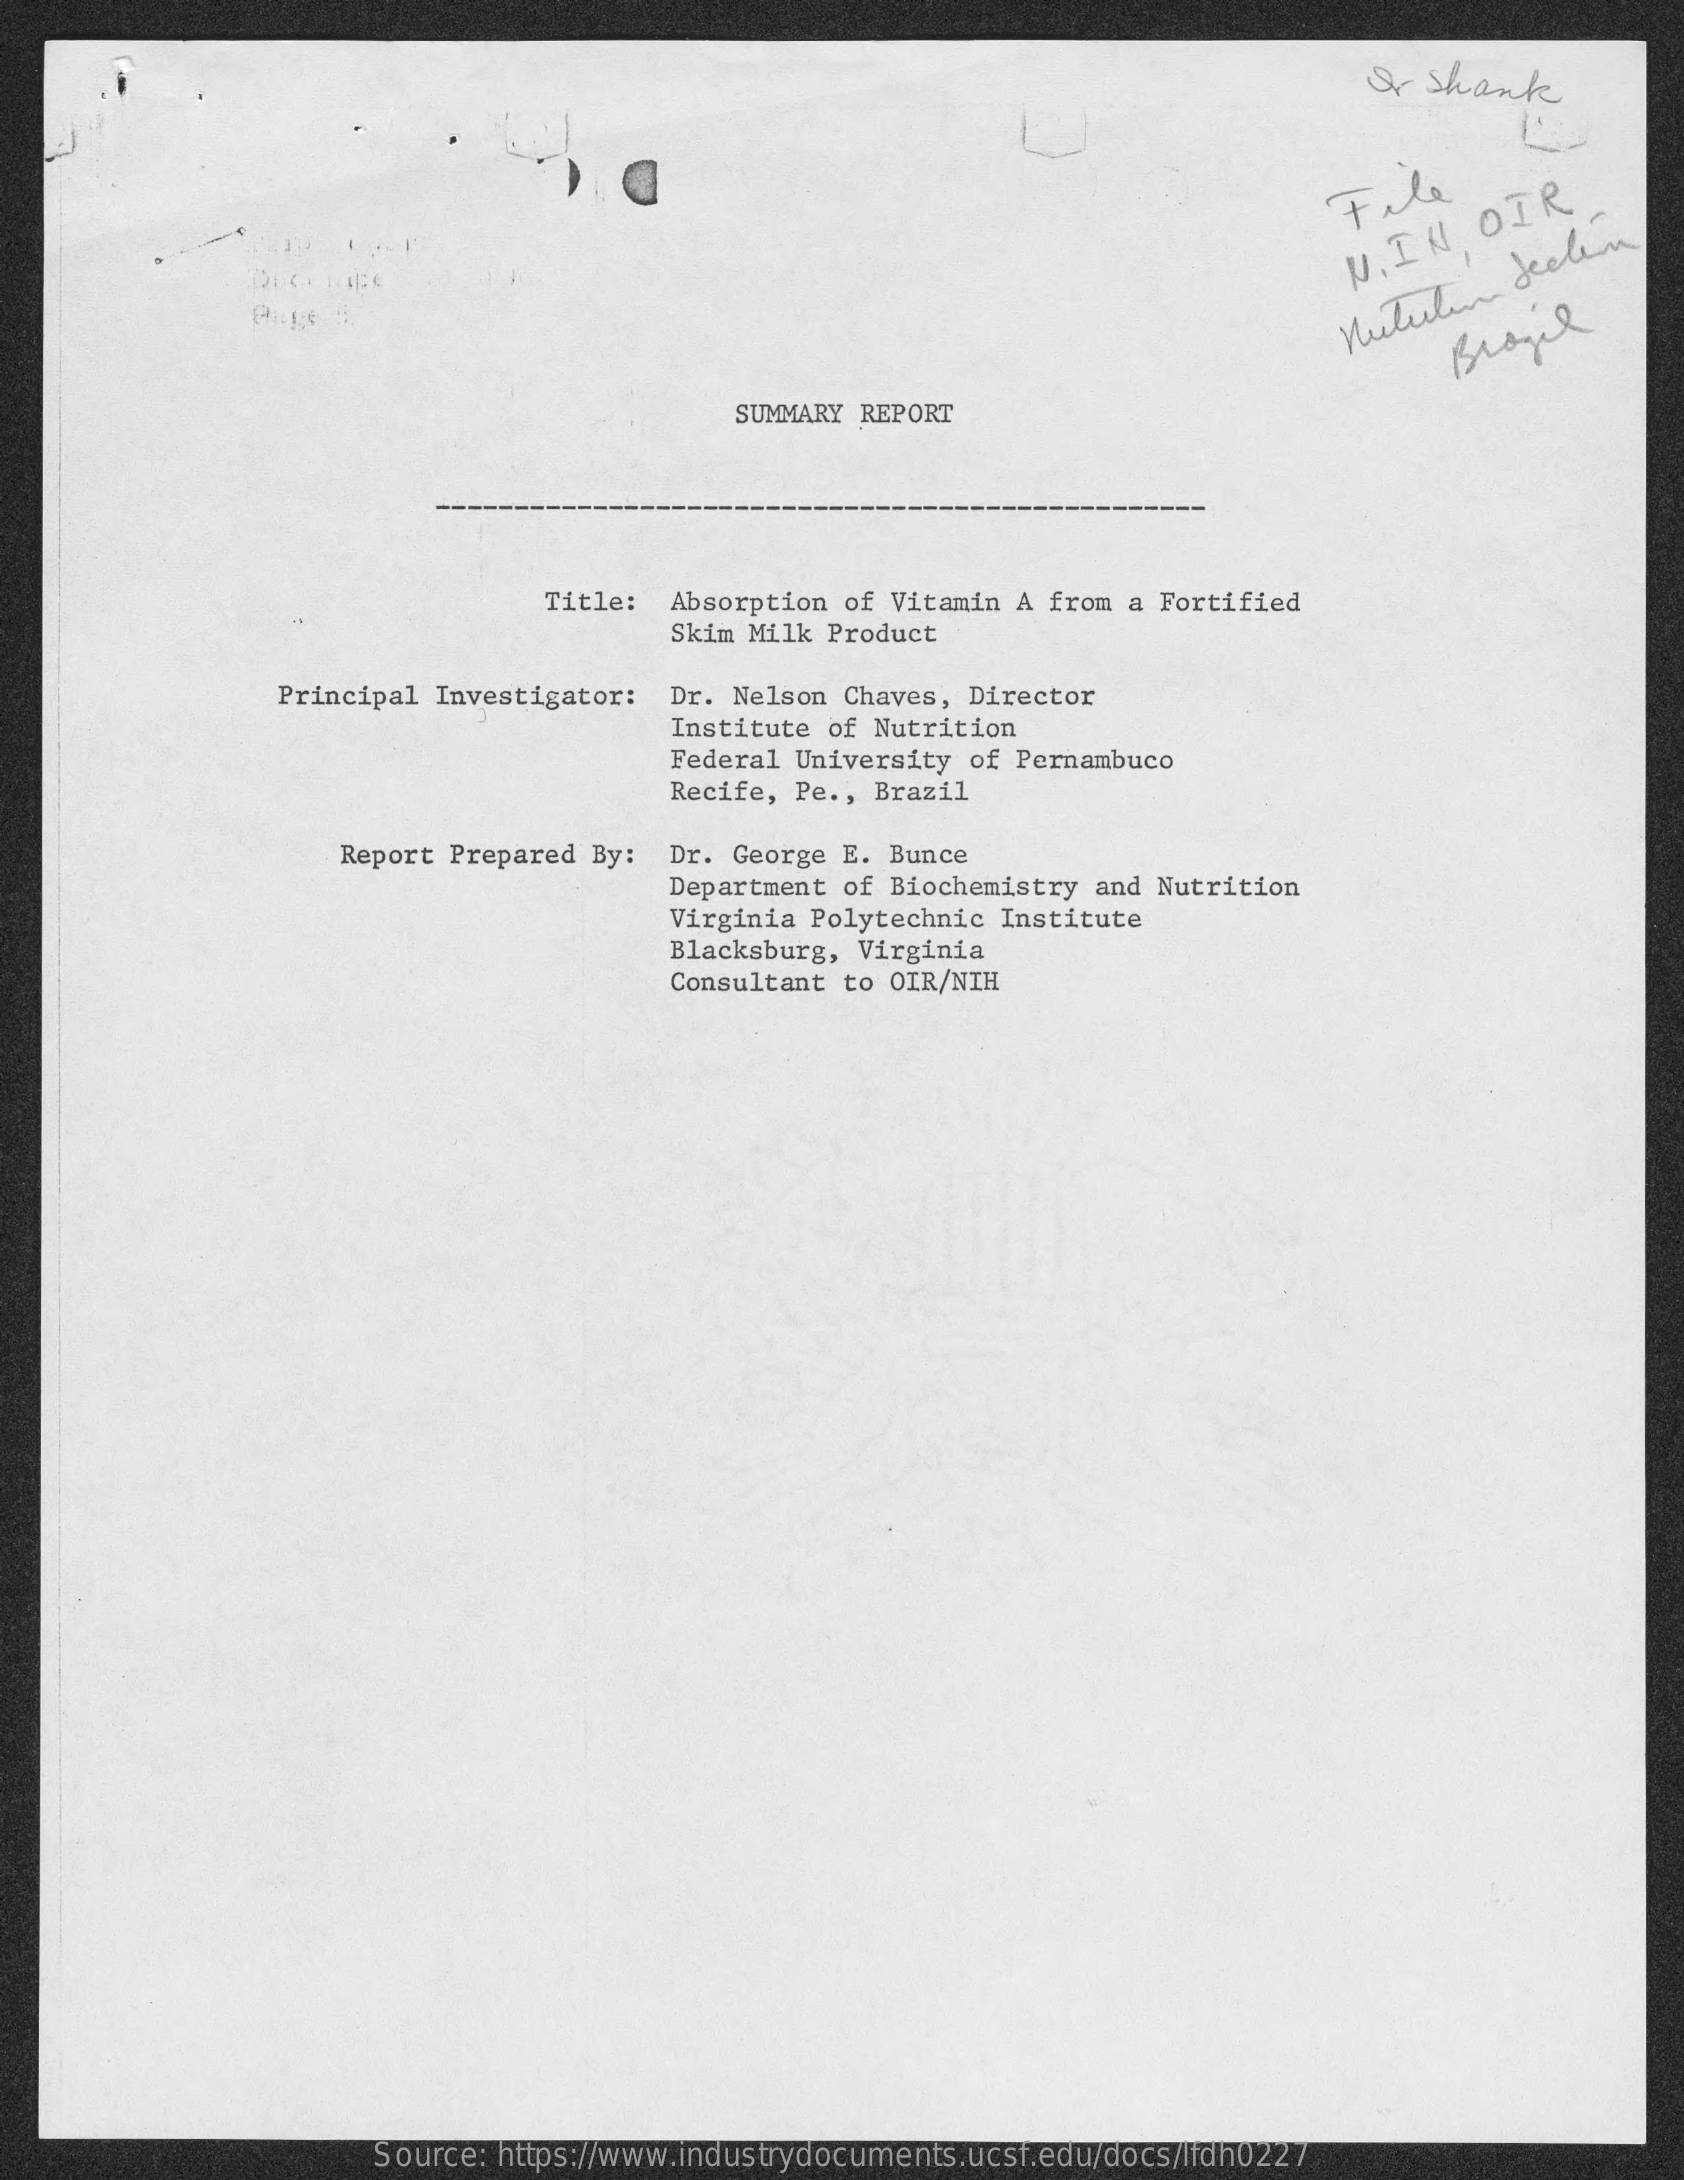
or Shank
     File
     N. IN
     OIR
     Mituten
     declin
     SUMMARY REPORT
     Title: Absorption of Vitamin A from a Fortified
     Skim Milk Product
     Principal Investigator: Dr. Nelson Chaves, Director
     Institute of Nutrition
     Federal University of Pernambuco
     Recife, Pe ., Brazil
     Report Prepared By: Dr. George E. Bunce
     Department of Biochemistry and Nutrition
     Virginia Polytechnic Institute
     Blacksburg, Virginia
     Consultant to OIR/NIH
     Source: https://www.industrydocuments.ucsf.edu/docs/lfdh0227